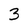
Character: 3